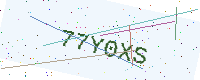
Text: 77Y0XS